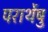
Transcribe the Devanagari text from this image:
परार्थेषु